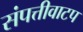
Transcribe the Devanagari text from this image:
संपत्तीवाटप